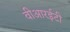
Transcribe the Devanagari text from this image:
वीआरईटी